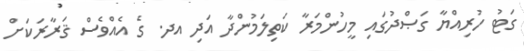
ގަޓު ހުރިއްޔާ ގަޞްދުގައި މީހުންމަރާ ކަތިލަމުންދާ އަދި އދ. ގެ އެއްވެސް ޤަރާރަކަށް